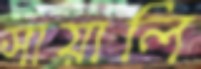
সায়ালি